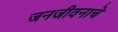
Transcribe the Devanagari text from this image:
जनजीवनाचे